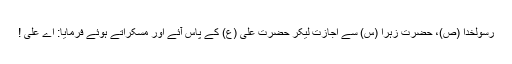
رسولخدا (ص)، حضرت زہرا (س) سے اجازت لیکر حضرت علی (ع) کے پاس آئے اور مسکراتے ہوئے فرمایا: اے علی !